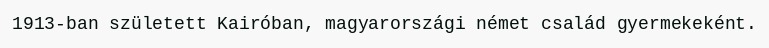
1913-ban született Kairóban, magyarországi német család gyermekeként.